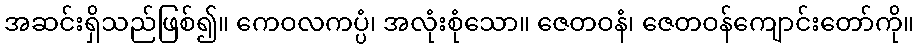
အဆင်းရှိသည်ဖြစ်၍။ ကေဝလကပ္ပံ၊ အလုံးစုံသော။ ဇေတဝနံ၊ ဇေတဝန်ကျောင်းတော်ကို။